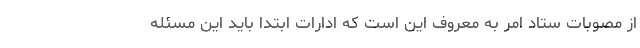
از مصوبات ستاد امر به معروف این است که ادارات ابتدا باید این مسئله